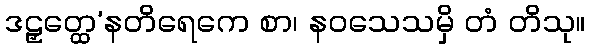
ဒဠှတ္ထေ’နတိရေကေ စာ၊ နဝသေသမှိ တံ တိသု။